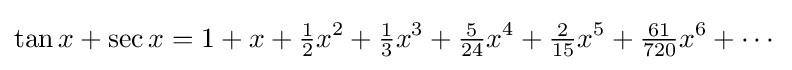
\tan x+\sec x=1+x+{\tfrac {1}{2}}x^{2}+{\tfrac {1}{3}}x^{3}+{\tfrac {5}{24}}x^{4}+{\tfrac {2}{15}}x^{5}+{\tfrac {61}{720}}x^{6}+\cdots